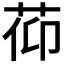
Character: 𦯒